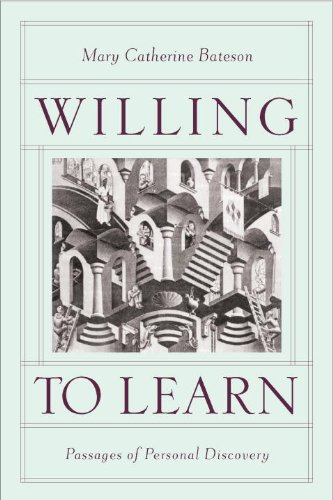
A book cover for Willing to Learn: Passages of Personal Discovery; Mary Catherine Bateson; Biographies & Memoirs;